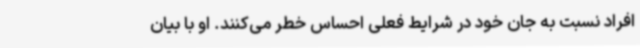
افراد نسبت به جان خود در شرایط فعلی احساس خطر می‌کنند. او با بیان